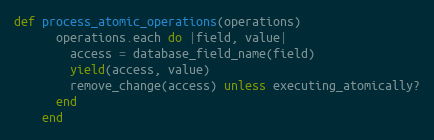
Language: Ruby
def process_atomic_operations(operations)
      operations.each do |field, value|
        access = database_field_name(field)
        yield(access, value)
        remove_change(access) unless executing_atomically?
      end
    end